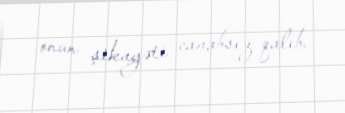
onun şikayəti cavabsız qalıb.